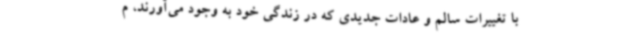
با تغییرات سالم و عادات جدیدی که در زندگی خود به وجود می‌آورند، م